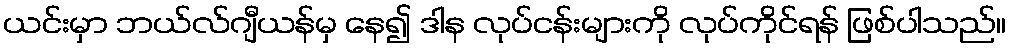
ယင်းမှာ ဘယ်လ်ဂျီယန်မှ နေ၍ ဒါန လုပ်ငန်းများကို လုပ်ကိုင်ရန် ဖြစ်ပါသည်။